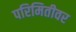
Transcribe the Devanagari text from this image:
परिमितीवर